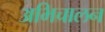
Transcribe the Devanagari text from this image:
अभिचालन